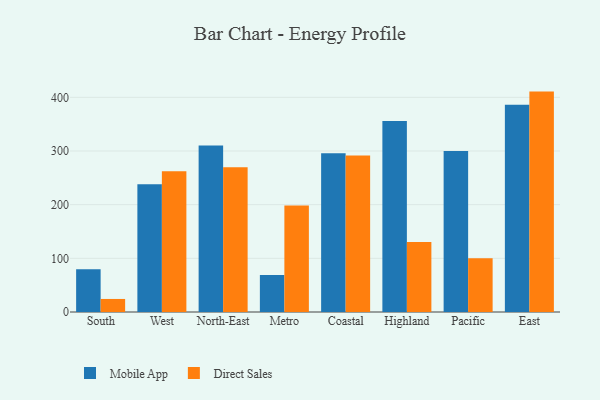
{"axis": {"x": "Region", "y": "Tickets Resolved"}, "legend": ["Direct Sales", "Mobile App"], "data": [{"x": "South", "y": 79.7, "type": "Mobile App"}, {"x": "South", "y": 24.3, "type": "Direct Sales"}, {"x": "West", "y": 238.1, "type": "Mobile App"}, {"x": "West", "y": 262.3, "type": "Direct Sales"}, {"x": "North-East", "y": 310.3, "type": "Mobile App"}, {"x": "North-East", "y": 269.5, "type": "Direct Sales"}, {"x": "Metro", "y": 69.0, "type": "Mobile App"}, {"x": "Metro", "y": 198.5, "type": "Direct Sales"}, {"x": "Coastal", "y": 295.8, "type": "Mobile App"}, {"x": "Coastal", "y": 291.7, "type": "Direct Sales"}, {"x": "Highland", "y": 356.0, "type": "Mobile App"}, {"x": "Highland", "y": 130.4, "type": "Direct Sales"}, {"x": "Pacific", "y": 300.1, "type": "Mobile App"}, {"x": "Pacific", "y": 100.3, "type": "Direct Sales"}, {"x": "East", "y": 386.2, "type": "Mobile App"}, {"x": "East", "y": 410.7, "type": "Direct Sales"}]}